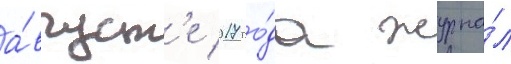
а́вгуст'е 2017 го́да журна́л